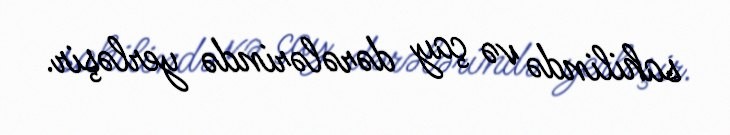
sahilində və çay dərələrində yerləşir.